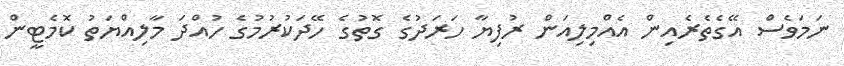
ނަމަވެސް އޭގެތެރެއިން އެއްމިލިއަން ރުފިޔާ ހަރަދުގެ ގޮތުގެ ހޭދަކުރުމުގެ ހުއްދަ މާލިއްޔަތު ކޮމެޓީން